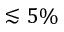
\lesssim 5 \%